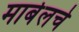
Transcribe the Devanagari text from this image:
मार्बलचे